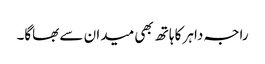
راجہ داہر کا ہاتھ بھی میدان سے بھاگا۔